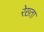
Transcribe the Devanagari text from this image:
रेख़्ता